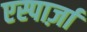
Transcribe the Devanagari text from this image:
एस्पार्ज़ा